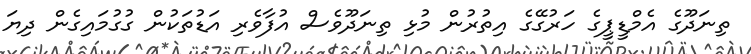
ތިނަދޫގެ އެމްޑީޕީގެ ހަރުގޭގެ އިތުރުން މުޅި ތިނަދޫވެސް އުފާވެރި އަޑުތަކުން ގުގުމައިގެން ދިޔަ